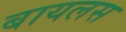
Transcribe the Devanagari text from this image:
बायलस